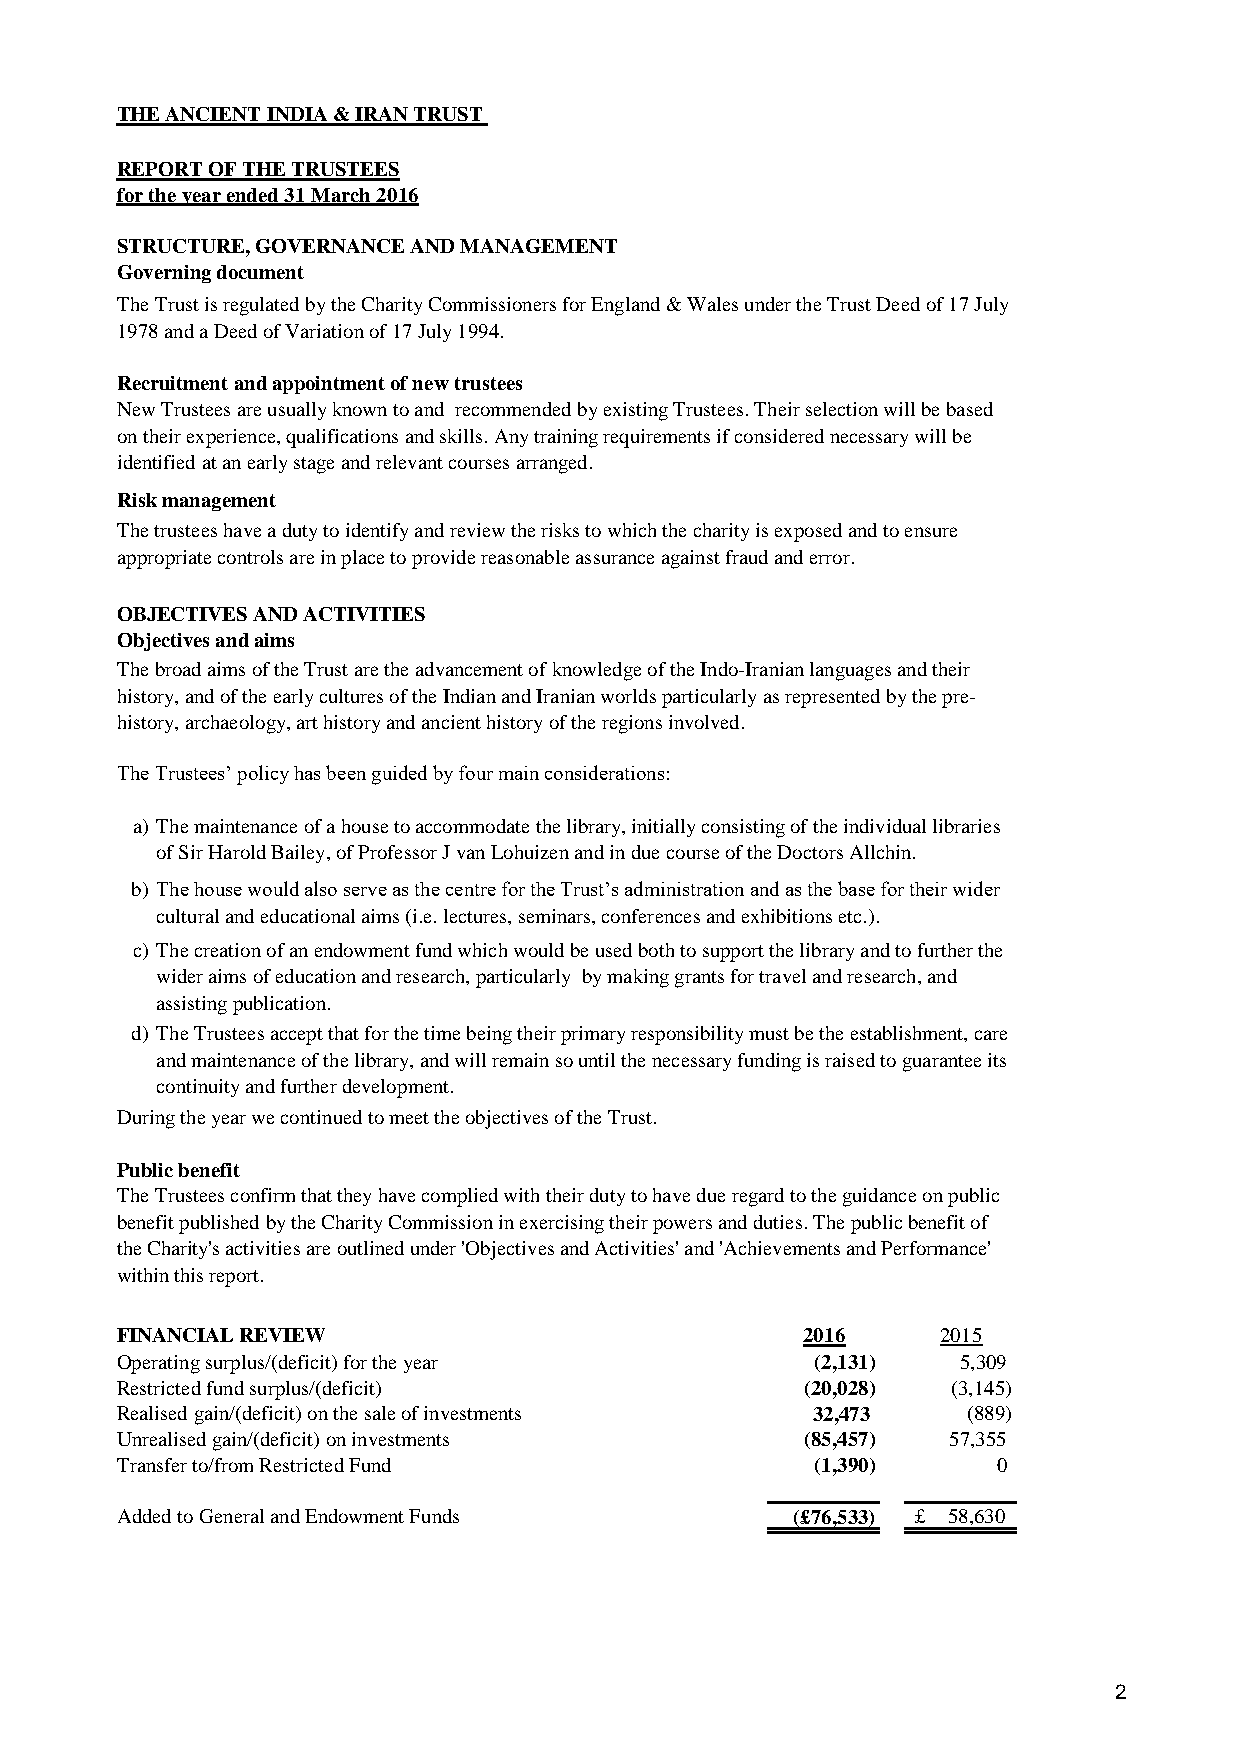
THE ANCIENT INDIA & IRAN TRUST
 REPORT OF THE TRUSTEES
 for the year ended 31 March 2016
 STRUCTURE, GOVERNANCE AND MANAGEMENT
 Governing document
 The Trust is regulated by the Charity Commissioners for England & Wales under the Trust Deed of 17 July
 1978 and a Deed of Variation of 17 July 1994.
 Recruitment and appointment of new trustees
 New Trustees are usually known to and recommended by existing Trustees. Their selection will be based
 on their experience, qualifications and skills. Any training requirements if considered necessary will be
 identified at an early stage and relevant courses arranged.
 Risk management
 The trustees have a duty to identify and review the risks to which the charity is exposed and to ensure
 appropriate controls are in place to provide reasonable assurance against fraud and error.
 OBJECTIVES AND ACTIVITIES
 Objectives and aims
 The broad aims of the Trust are the advancement of knowledge of the Indo-Iranian languages and their
 history, and of the early cultures of the Indian and Iranian worlds particularly as represented by the pre-
 history, archaeology, art history and ancient history of the regions involved.
 The Trustees’ policy has been guided by four main considerations:
 a) The maintenance of a house to accommodate the library, initially consisting of the individual libraries
 of Sir Harold Bailey, of Professor J van Lohuizen and in due course of the Doctors Allchin.
 b) The house would also serve as the centre for the Trust’s administration and as the base for their wider
 cultural and educational aims (i.e. lectures, seminars, conferences and exhibitions etc.).
 c) The creation of an endowment fund which would be used both to support the library and to further the
 wider aims of education and research, particularly by making grants for travel and research, and
 assisting publication.
 d) The Trustees accept that for the time being their primary responsibility must be the establishment, care
 and maintenance of the library, and will remain so until the necessary funding is raised to guarantee its
 continuity and further development.
 During the year we continued to meet the objectives of the Trust.
 Public benefit
 The Trustees confirm that they have complied with their duty to have due regard to the guidance on public
 benefit published by the Charity Commission in exercising their powers and duties. The public benefit of
 the Charity's activities are outlined under 'Objectives and Activities' and 'Achievements and Performance'
 within this report.
 FINANCIAL REVIEW                             2016     2015
 Operating surplus/(deficit) for the year      (2,131)   5,309
 Restricted fund surplus/(deficit)            (20,028)  (3,145)
 Realised gain/(deficit) on the sale of investments 32,473 (889)
 Unrealised gain/(deficit) on investments     (85,457)  57,355
 Transfer to/from Restricted Fund              (1,390)     0
 Added to General and Endowment Funds        (£76,533) £ 58,630
 2